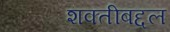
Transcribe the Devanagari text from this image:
शक्तीबद्दल